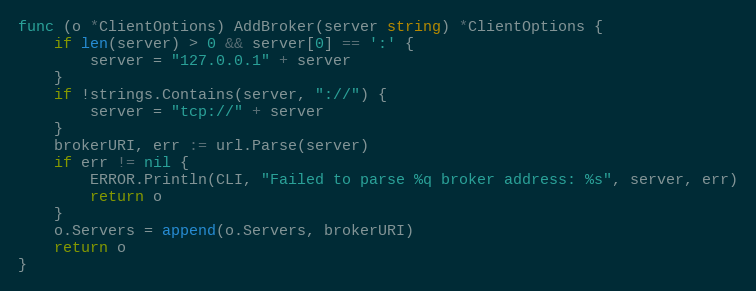
Language: Go
func (o *ClientOptions) AddBroker(server string) *ClientOptions {
	if len(server) > 0 && server[0] == ':' {
		server = "127.0.0.1" + server
	}
	if !strings.Contains(server, "://") {
		server = "tcp://" + server
	}
	brokerURI, err := url.Parse(server)
	if err != nil {
		ERROR.Println(CLI, "Failed to parse %q broker address: %s", server, err)
		return o
	}
	o.Servers = append(o.Servers, brokerURI)
	return o
}